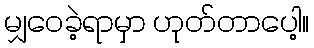
မျှဝေခဲ့ရာမှာ ဟုတ်တာပေါ့။